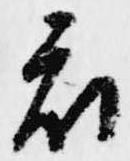
衣